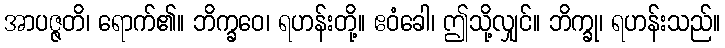
အာပဇ္ဇတိ၊ ရောက်၏။ ဘိက္ခဝေ၊ ရဟန်းတို့။ ဧဝံခေါ၊ ဤသို့လျှင်။ ဘိက္ခု၊ ရဟန်းသည်။